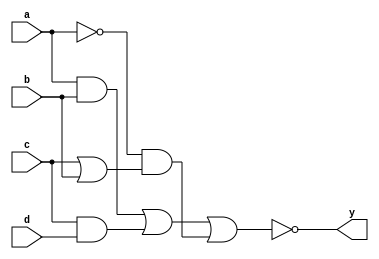
`timescale 1ns / 1ps
//////////////////////////////////////////////////////////////////////////////////
// Company: 
// Engineer: 
// 
// Design Name: 
// Module Name: boolexp_4_new
// Project Name: 
// Target Devices: 
// Tool Versions: 
// Description: 
// 
// Dependencies: 
// 
// Revision:
// Revision 0.01 - File Created
// Additional Comments:
// 
//////////////////////////////////////////////////////////////////////////////////


module boolexp_4_new(
    input a,b,c,d,
    output y
    );
assign y= ~((a&b)|(c&d)|((~a)&(c|b)));
endmodule